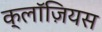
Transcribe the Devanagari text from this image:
क्लॉज़ियस